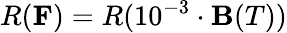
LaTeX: R({\mathbf F})=R(10^{-3}\cdot{\mathbf B}(T))